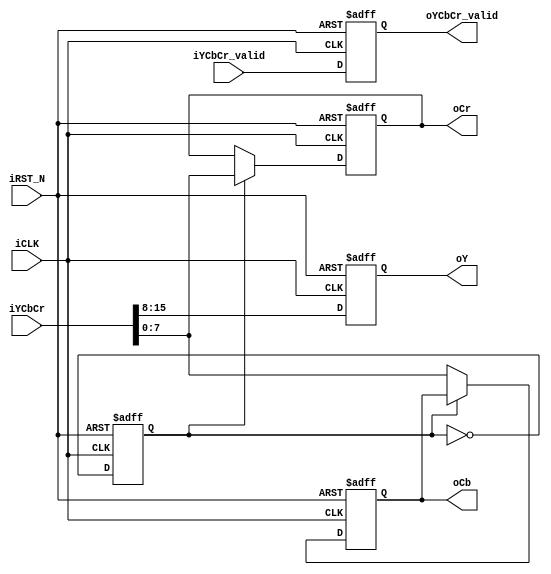
////////////////////////////////////////////////////////////////
// Source: YUV422_to_444.v
// About:  Removed VGA dependency. Minor syntax changes.	 
////////////////////////////////////////////////////////////////

module yuv422_to_yuv444
(
	input 	wire			iCLK,
	input 	wire			iRST_N,	

	input 	wire [15:0] 	iYCbCr,
	input	wire 			iYCbCr_valid,

	output	wire [7:0]		oY,
	output	wire [7:0]		oCb,
	output	wire [7:0]		oCr,
	output	wire			oYCbCr_valid
);

//	Internal Registers
reg 			every_other;
reg		[7:0]	mY;
reg		[7:0]	mCb;
reg		[7:0]	mCr;
reg 			mValid;

assign	oY			 =	mY;
assign	oCb			 =	mCb;
assign	oCr			 =	mCr;
assign  oYCbCr_valid = mValid;

always@(posedge iCLK or negedge iRST_N)
begin
	if(!iRST_N)
		begin
			every_other  <= 0;
			mY			 <=	0;
			mCb			 <=	0;
			mCr			 <=	0;
			mValid 		 <= 0;
		end
	else
		begin
			every_other  <= ~every_other;

			mValid <= iYCbCr_valid;

			if(every_other)
				{mY,mCr}	<=	iYCbCr;
			else
				{mY,mCb}	<=	iYCbCr;
		end
end

endmodule